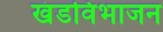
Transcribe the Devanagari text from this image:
खंडविभाजन